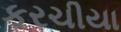
કરચીયા